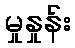
မှုနှုန်း